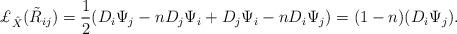
LaTeX: \begin{align*}{ {\pounds}_{\hat X}}({{\tilde R}_{ij}}) = \frac{1}{2}({D_i}{\Psi _j} - n{D_j}{\Psi _i} + {D_j}{\Psi _i} - n{D_i}{\Psi _j}) = (1 - n)({D_i}{\Psi _j}).\end{align*}